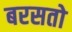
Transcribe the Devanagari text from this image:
बरसतो